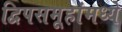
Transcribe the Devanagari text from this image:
द्विपसमूहांमध्ये